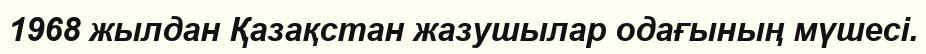
1968 жылдан Қазақстан жазушылар одағының мүшесі.